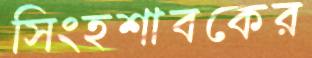
সিংহশাবকের